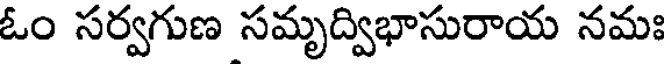
ఓం సర్వగుణ సమృద్విభాసురాయ నమః